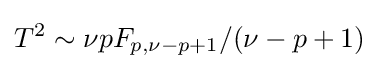
T^{2}\sim \nu pF_{p,\nu -p+1}/(\nu -p+1)